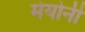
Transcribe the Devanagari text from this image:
मेयोनी